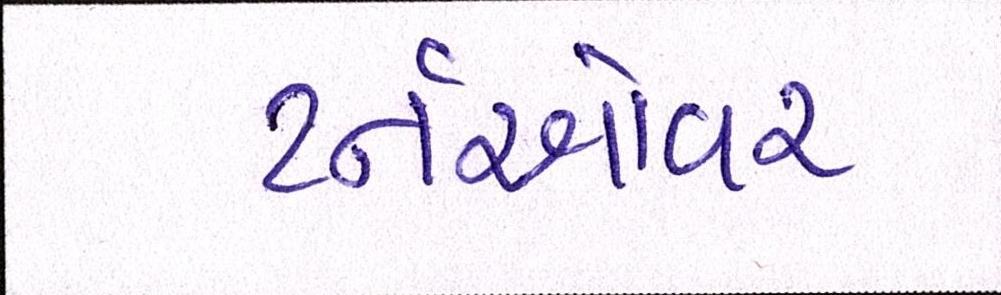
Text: ટર્નઓવર